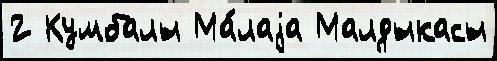
2 Кумбалы Ма́лаjа Малдыкасы